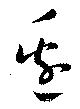
邊